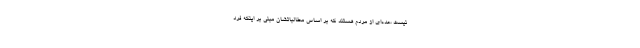
نیست ،عده‌ای از مردم هستند که بر اساس مطالباتشان مبنی بر اینکه فرد